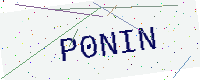
Text: P0NIN